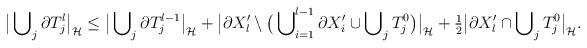
LaTeX: \begin{align*}\big|\bigcup\nolimits_{j} \partial T^l_{j} \big|_{\cal H} \le \big|\bigcup\nolimits_{j} \partial T^{l-1}_{j} \big|_{\cal H} + \big|\partial X_l' \setminus \big(\bigcup\nolimits^{l-1}_{i=1} \partial X_i' \cup \bigcup\nolimits_{j} T_j^{0}\big)\big|_{\cal H} + \tfrac{1}{2}\big|\partial X_l' \cap \bigcup\nolimits_{j} T^{0}_j\big|_{\cal H}.\end{align*}